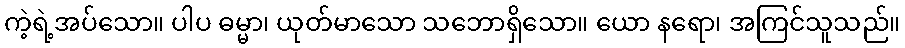
ကဲ့ရဲ့အပ်သော။ ပါပ ဓမ္မာ၊ ယုတ်မာသော သဘောရှိသော။ ယော နရော၊ အကြင်သူသည်။